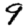
Digit: 9